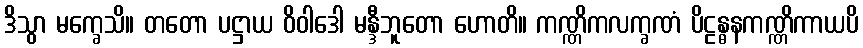
ဒိသွာ မက္ခေသိ။ တတော ပဋ္ဌာယ ဝိဝါဒေါ မန္ဒီဘူတော ဟောတိ။ ကဏ္ဏိကလက္ခဏံ ပိဠန္ဓနကဏ္ဏိကာယပိ